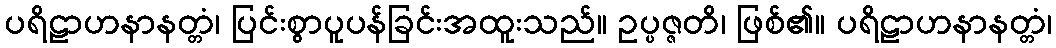
ပရိဠာဟနာနတ္တံ၊ ပြင်းစွာပူပန်ခြင်းအထူးသည်။ ဥပ္ပဇ္ဇတိ၊ ဖြစ်၏။ ပရိဠာဟနာနတ္တံ၊